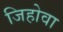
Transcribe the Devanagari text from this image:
जिहोवा